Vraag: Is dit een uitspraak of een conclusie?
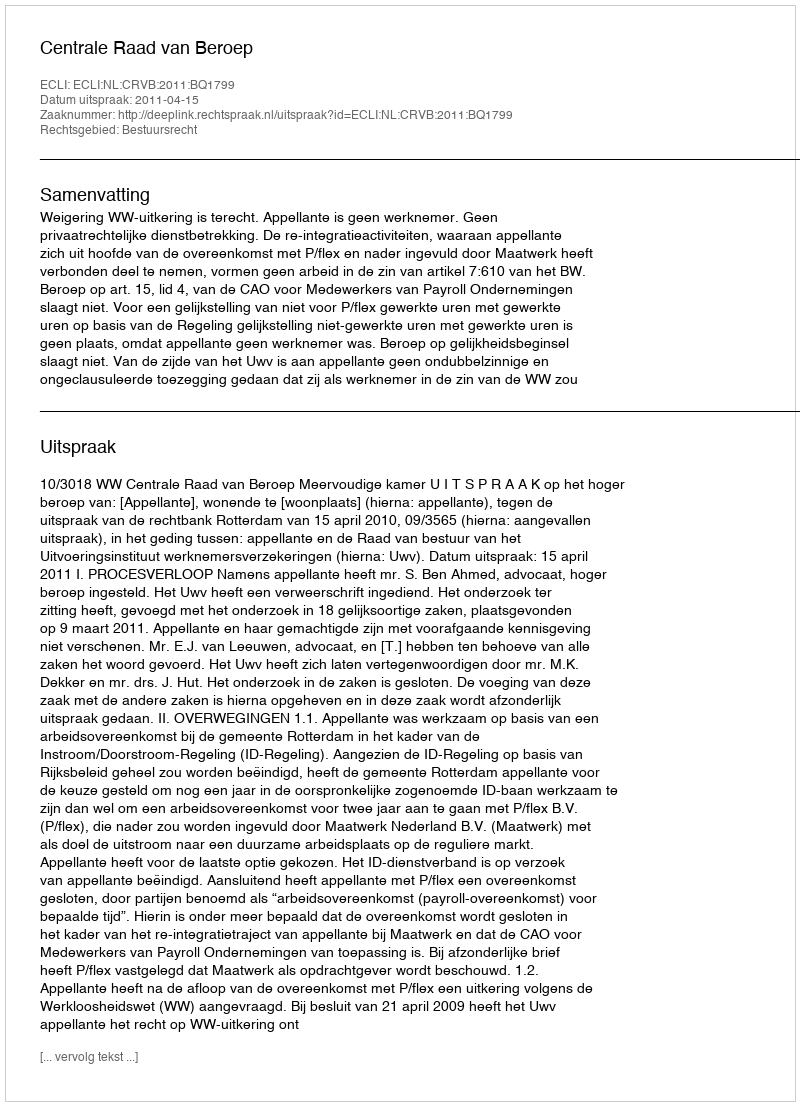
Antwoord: Uitspraak